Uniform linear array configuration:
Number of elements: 48
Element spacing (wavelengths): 1
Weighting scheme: cosine
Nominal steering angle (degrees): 30
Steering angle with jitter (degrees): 29.83
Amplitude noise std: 0.05
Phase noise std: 0.05

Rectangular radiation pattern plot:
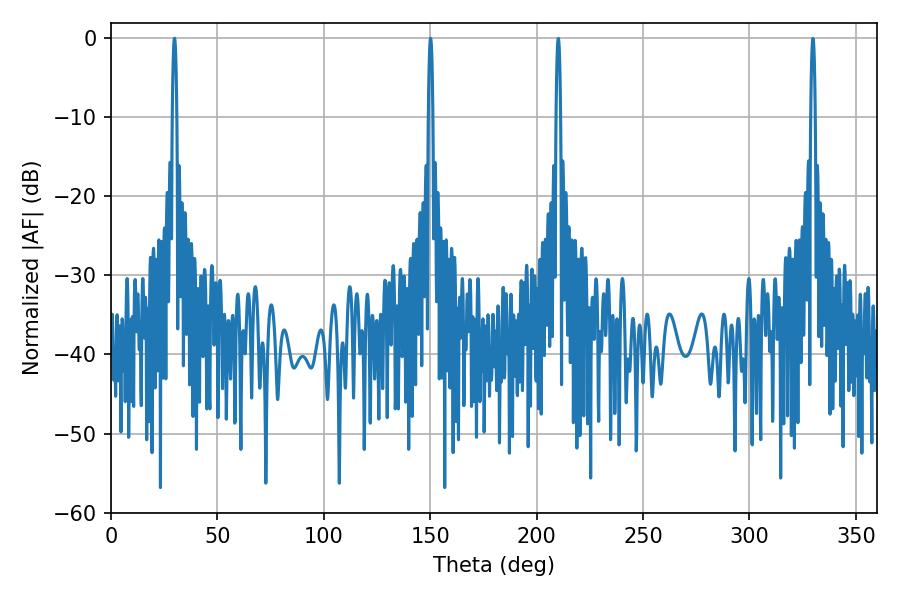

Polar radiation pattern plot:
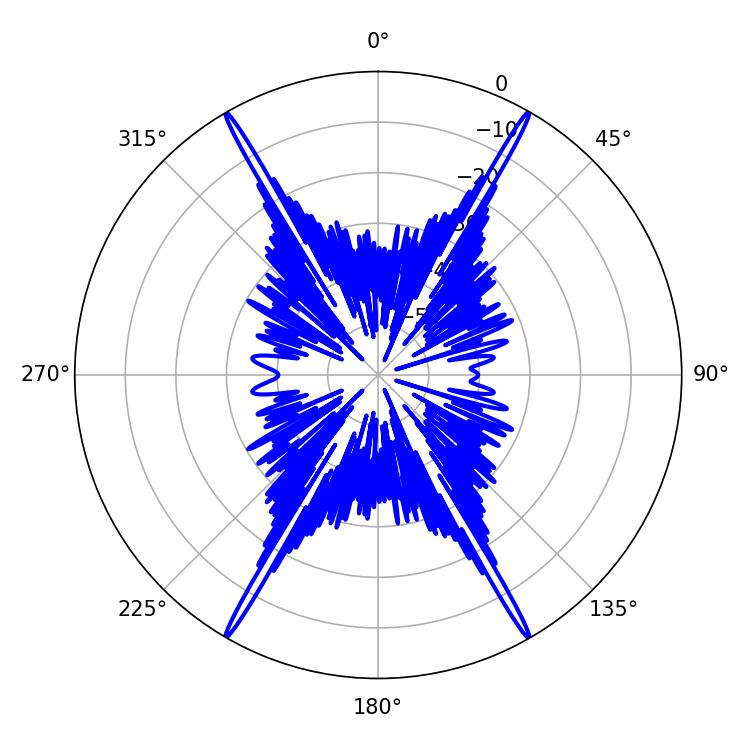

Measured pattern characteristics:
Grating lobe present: TRUE
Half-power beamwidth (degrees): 1.08
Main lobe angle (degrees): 29.88